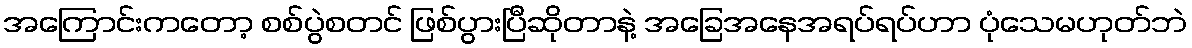
အကြောင်းကတော့ စစ်ပွဲစတင် ဖြစ်ပွားပြီဆိုတာနဲ့ အခြေအနေအရပ်ရပ်ဟာ ပုံသေမဟုတ်ဘဲ